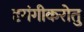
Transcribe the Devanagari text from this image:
दृगंगीकरोतु